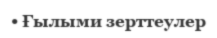
• Ғылыми зерттеулер